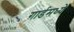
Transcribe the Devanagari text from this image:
गार्डमध्ये